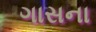
ગાસના